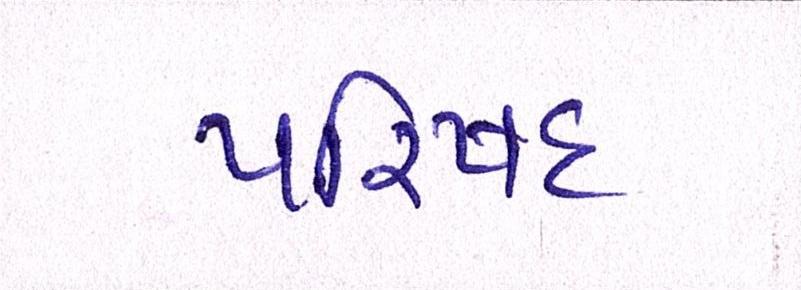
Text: પરિષદ